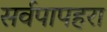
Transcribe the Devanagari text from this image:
सर्वपापहरा